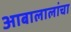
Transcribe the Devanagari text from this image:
आबालालांचा